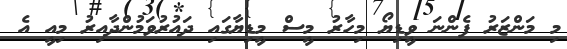
މި މަންޒަރު ފެންނަ ވީޑިޔޯ މިހާރު މީސް މީޑިޔާގައި ދައުރުވަމުންދާއިރު މިއީ އެ